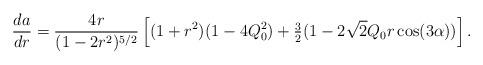
LaTeX: \begin{align*}\frac{da}{dr} = \frac{4r}{(1-2r^2)^{5/2}}\left[ (1+r^2)(1-4Q_0^2) + \tfrac32 (1-2\sqrt{2}Q_0r\cos(3\alpha))\right].\end{align*}